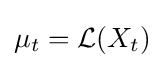
\mu _{t}={\mathcal {L}}(X_{t})